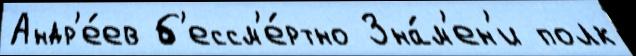
Андр'е́ев б'ессм'е́ртно Зна́м'ен'и полк